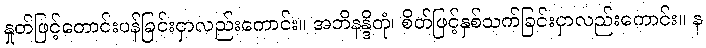
နှုတ်ဖြင့်တောင်းပန်ခြင်းငှာလည်းကောင်း။ အဘိနန္ဒိတုံ၊ စိတ်ဖြင့်နှစ်သက်ခြင်းငှာလည်းကောင်း။ န